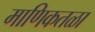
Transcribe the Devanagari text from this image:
माणिकतळा